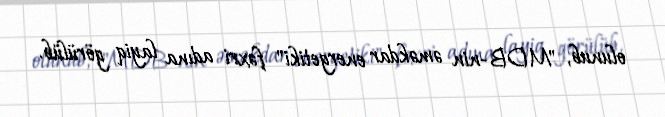
olunub, "MDB-nin əməkdar energetiki" fəxri adına layiq görülüb.